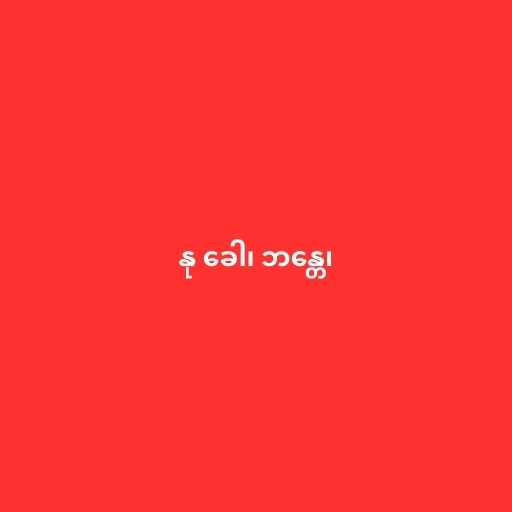
နု ခေါ၊ ဘန္တေ၊